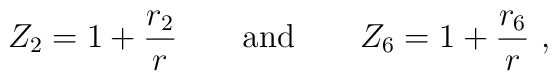
Z_2 = 1+\frac{r_2}{r}\qquad{\rm and}\qquad Z_6 =1+\frac{r_6}{r}\ ,